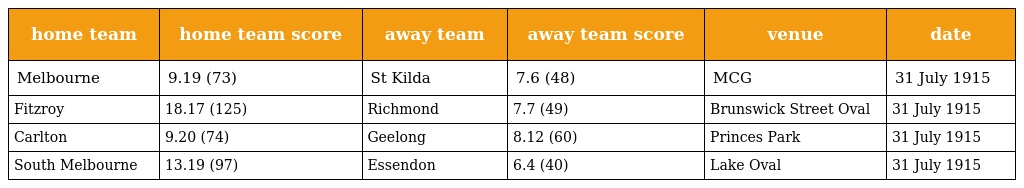
| home team | home team score | away team | away team score | venue | date |
 | --- | --- | --- | --- | --- | --- |
 | Melbourne | 9.19 (73) | St Kilda | 7.6 (48) | MCG | 31 July 1915 |
 | Fitzroy | 18.17 (125) | Richmond | 7.7 (49) | Brunswick Street Oval | 31 July 1915 |
 | Carlton | 9.20 (74) | Geelong | 8.12 (60) | Princes Park | 31 July 1915 |
 | South Melbourne | 13.19 (97) | Essendon | 6.4 (40) | Lake Oval | 31 July 1915 |